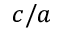
c / a